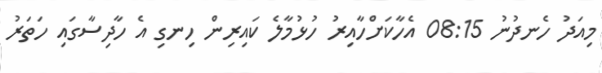
މިއަދު ހެނދުނު 08:15 އެހާކަށްހާއިރު ހުޅުމާލެ ކައިރިން ހިނގި އެ ހާދިސާގައި ހަތަރު